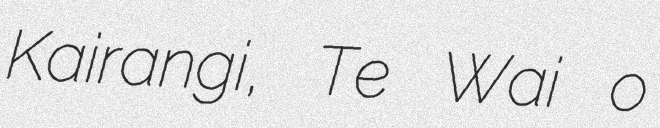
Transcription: Kairangi, Te Wai o